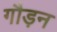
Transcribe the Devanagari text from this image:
गौड़न